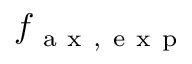
f _ { \mathrm { ~ a ~ x ~ , ~ e ~ x ~ p ~ } }